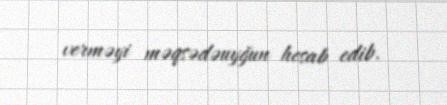
verməyi məqsədəuyğun hesab edib.